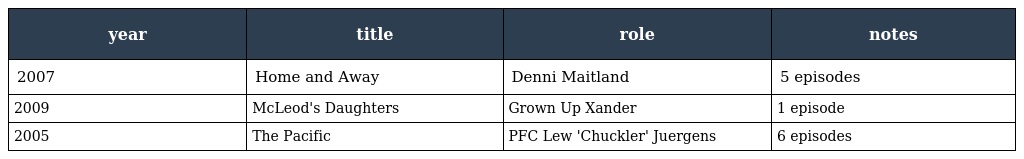
| year | title | role | notes |
 | --- | --- | --- | --- |
 | 2007 | Home and Away | Denni Maitland | 5 episodes |
 | 2009 | McLeod's Daughters | Grown Up Xander | 1 episode |
 | 2005 | The Pacific | PFC Lew 'Chuckler' Juergens | 6 episodes |